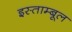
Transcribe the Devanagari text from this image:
इस्ताम्बूल